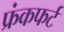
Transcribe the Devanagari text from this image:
फ्रंकफर्ट